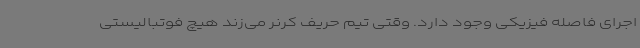
اجرای فاصله فیزیکی وجود دارد. وقتی تیم حریف کرنر می‌زند هیچ فوتبالیستی